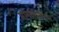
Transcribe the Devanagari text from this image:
मानवधर्मसभा